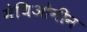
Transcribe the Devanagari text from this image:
मेथिओनीन